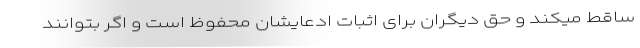
ساقط میکند و حق دیگران برای اثبات ادعایشان محفوظ است و اگر بتوانند